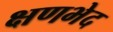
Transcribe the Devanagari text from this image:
क्षणभेद